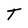
Character: T